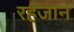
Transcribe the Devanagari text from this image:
रहजान